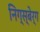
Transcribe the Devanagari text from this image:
निग्स्बेर्ग